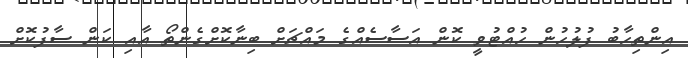
އިންތިހާބު ފުލުހުން ހުއްޓުވީ ކޮން އަސާސެއްގެ މައްޗަށް ބިނާކޮށްގެންތޯ އާއި ކަން ސާފުކޮށް